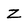
Character: z